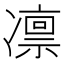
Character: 凛